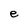
Character: e